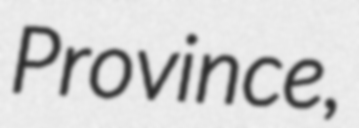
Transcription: Province,